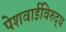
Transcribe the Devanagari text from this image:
पेशवाईविरुद्ध